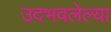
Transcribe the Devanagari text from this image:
उदभवलेल्या